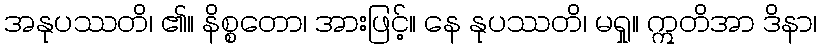
အနုပဿတိ၊ ၏။ နိစ္စတော၊ အားဖြင့်။ နေ နုပဿတိ၊ မရှု။ ဣတိအာ ဒိနာ၊